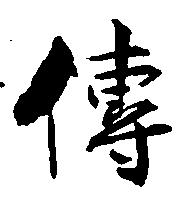
伝